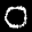
Label: 0